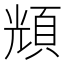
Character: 𩒚